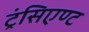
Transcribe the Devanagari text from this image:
ट्रंसिएण्ट